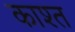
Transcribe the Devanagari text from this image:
काश्‍त